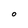
Character: 0